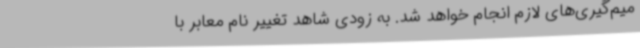
میم‌گیری‌های لازم انجام خواهد شد. به زودی شاهد تغییر نام معابر با